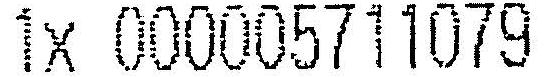
1X 000005711079